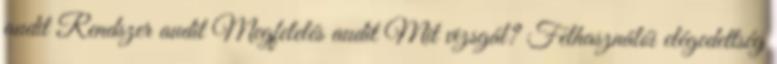
audit Rendszer audit Megfelelés audit Mit vizsgál? Felhasználói elégedettség